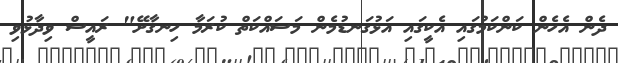
ދެން އެހެން ކަންކަމުގައި އެކީގައި އަޅުގަނޑުމެން މަސައްކަތް ކުރަމާ ހިނގާށޭ" ރައީސް ވިދާޅުވި